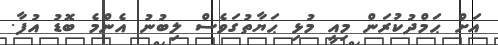
އަށް ޙަމްދުކުރަން މިއީ މުޅި ޙަޔާތުގަވެސް ލިބުނު އެންމެ ބޮޑު އުފާ.